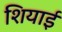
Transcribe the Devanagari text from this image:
शियाई